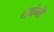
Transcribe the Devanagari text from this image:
त्य़ांनी